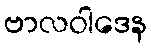
ဗာလဝါဒေန